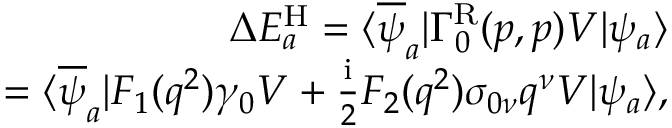
\begin{array} { r } { \Delta E _ { a } ^ { \mathrm { H } } = \langle \overline { { \psi } } _ { a } | \Gamma _ { 0 } ^ { \mathrm { R } } ( p , p ) V | \psi _ { a } \rangle } \\ { = \langle \overline { { \psi } } _ { a } | F _ { 1 } ( q ^ { 2 } ) \gamma _ { 0 } V + \frac { \mathrm { i } } { 2 } F _ { 2 } ( q ^ { 2 } ) \sigma _ { 0 \nu } q ^ { \nu } V | \psi _ { a } \rangle , } \end{array}